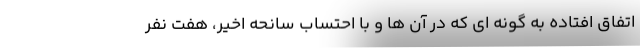
اتفاق افتاده به گونه ای که در آن ها و با احتساب سانحه اخیر، هفت نفر